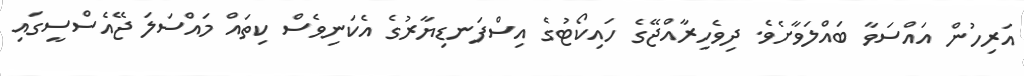
އަރިހުން އައްސަވާ ބައްލަވާށެވެ. ދިވެހިރާއްޖޭގެ ހައިކޯޓުގެ އިސްފަނޑިޔާރުގެ އެކަނިވެސް ކިތައް މައްސަލަ ޖޭއެސްސީގައި